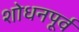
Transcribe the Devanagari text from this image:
शोधनपूर्व